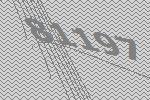
81197